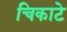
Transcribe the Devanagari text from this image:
चिकाटे